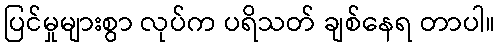
ပြင်မှုများစွာ လုပ်က ပရိသတ် ချစ်နေရ တာပါ။